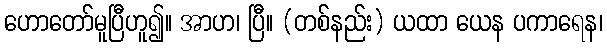
ဟောတော်မူပြီဟူ၍။ အာဟ၊ ပြီ။ (တစ်နည်း) ယထာ ယေန ပကာရေန၊